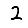
Digit: 2